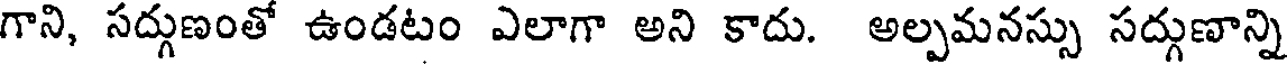
గాని, సద్గుణంతో ఉండటం ఎలాగా అని కాదు. అల్పమనస్సు సద్గుణాన్ని